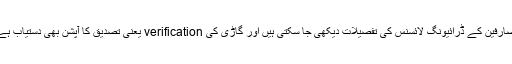
صارفین کے ڈرائیونگ لائسنس کی تفصیلات دیکھی جا سکتی ہیں اور گاڑی کی verification یعنی تصدیق کا آپشن بھی دستیاب ہے۔